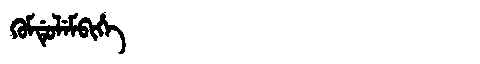
Manchu: ᡴᡠᠮᡩᡠᠯᡝᠮᠪᡳᡥᡝ
Romanization: KUMDULEMBIHE